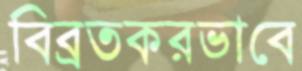
বিব্রতকরভাবে